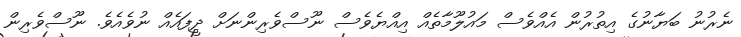
ނެރުނު ބަޔާނުގެ އިތުރުން އެއްވެސް މައުލޫމާތެއް އިއްޔެވެސް ނޫސްވެރިންނަށް ދީފައެއް ނުވެއެވެ. ނޫސްވެރިން